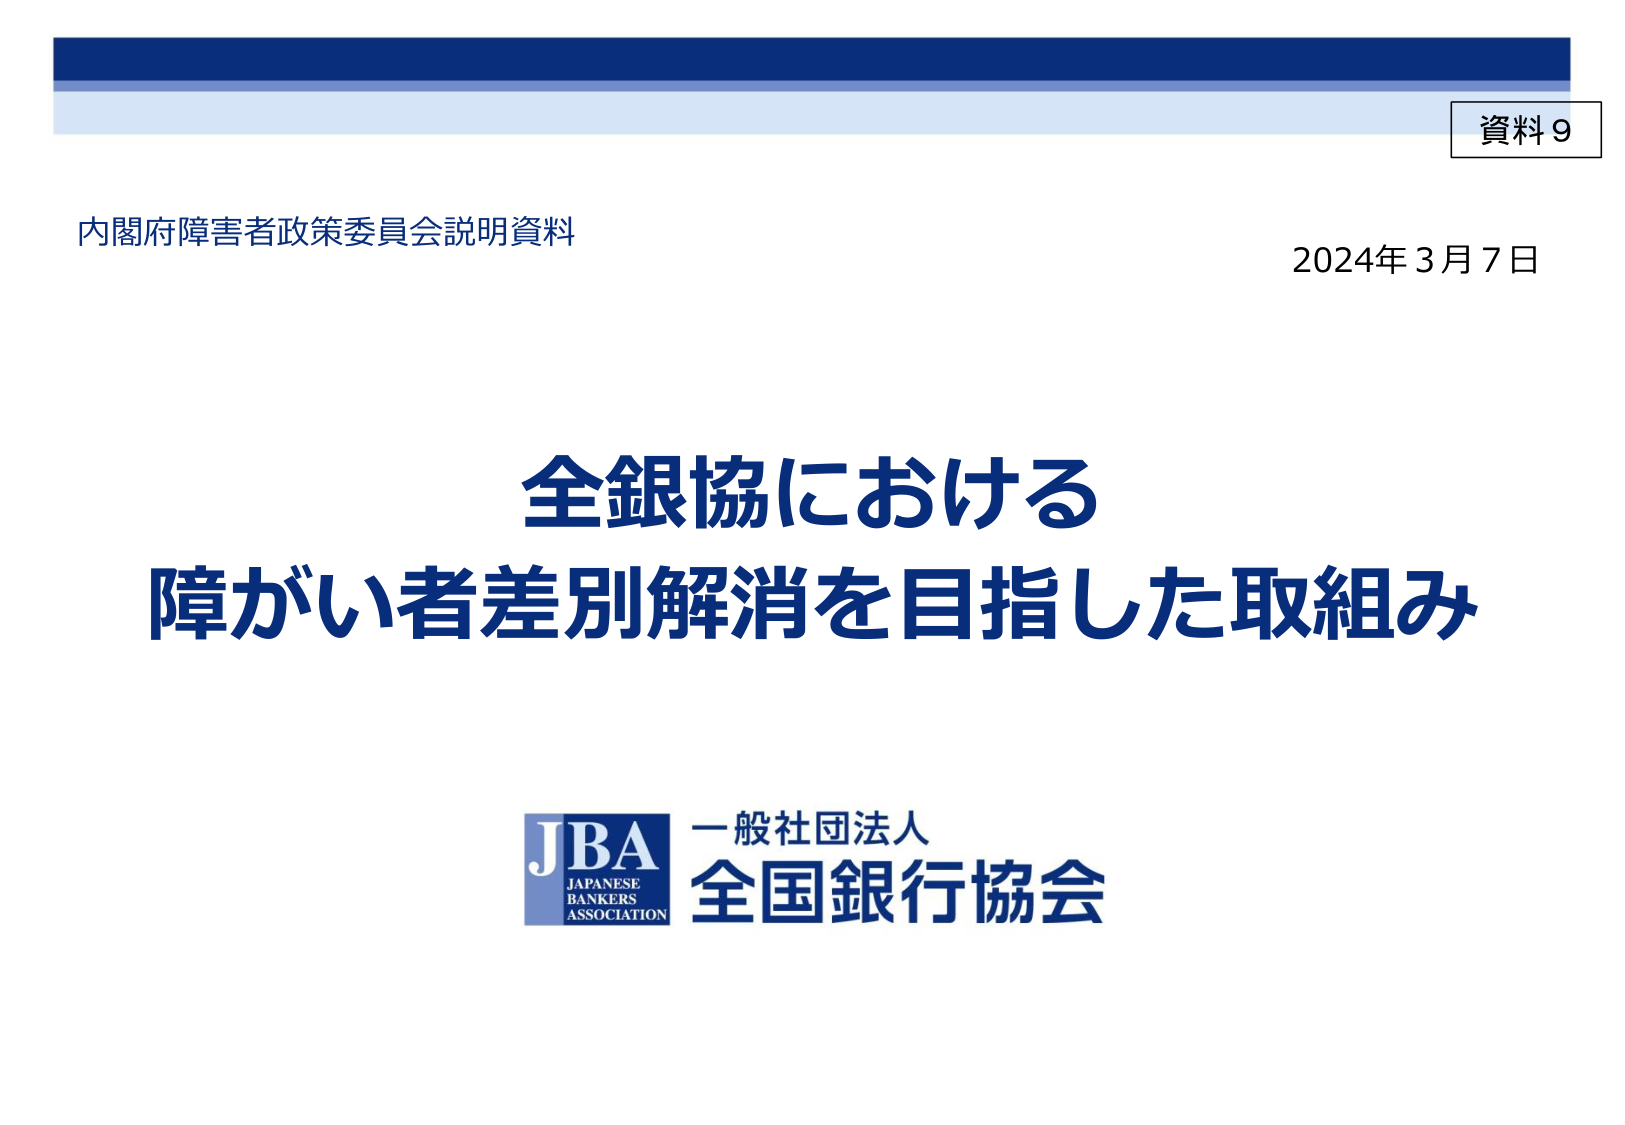
資料9
内閣府障害者政策委員会説明資料
2024年3月7日
全銀協における
障がい者差別解消を目指した取組み
JBA
JAPANESE
BANKERS
ASSOCIATION
一般社団法人
全国銀行協会